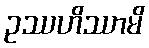
ဥဿဟိဿာမိ